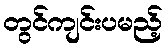
တွင်ကျင်းပမည့်